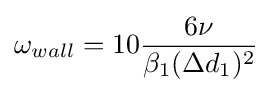
\omega _{wall}=10{\frac {6\nu }{\beta _{1}(\Delta d_{1})^{2}}}